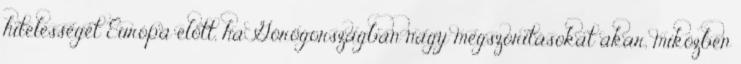
hitelességét Európa előtt, ha Görögországban nagy megszorításokat akar, miközben